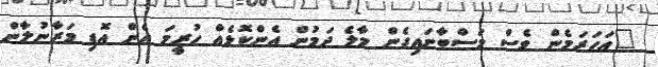
"އަހަރަމެން ވެސް މަސްބާނައިގެން މާލެ ދަމުން އެންކޮޅެއް ހުރީމަ އެން އޮޑި މަރާނުލާން